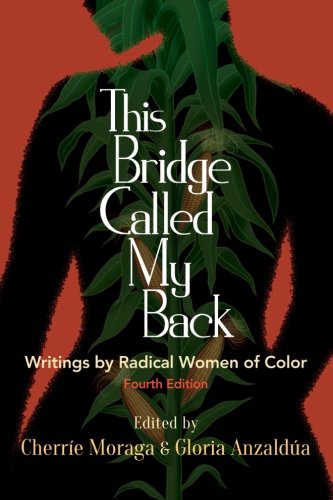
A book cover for This Bridge Called My Back, Fourth Edition: Writings by Radical Women of Color; CherrÃ­e Moraga; Literature & Fiction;